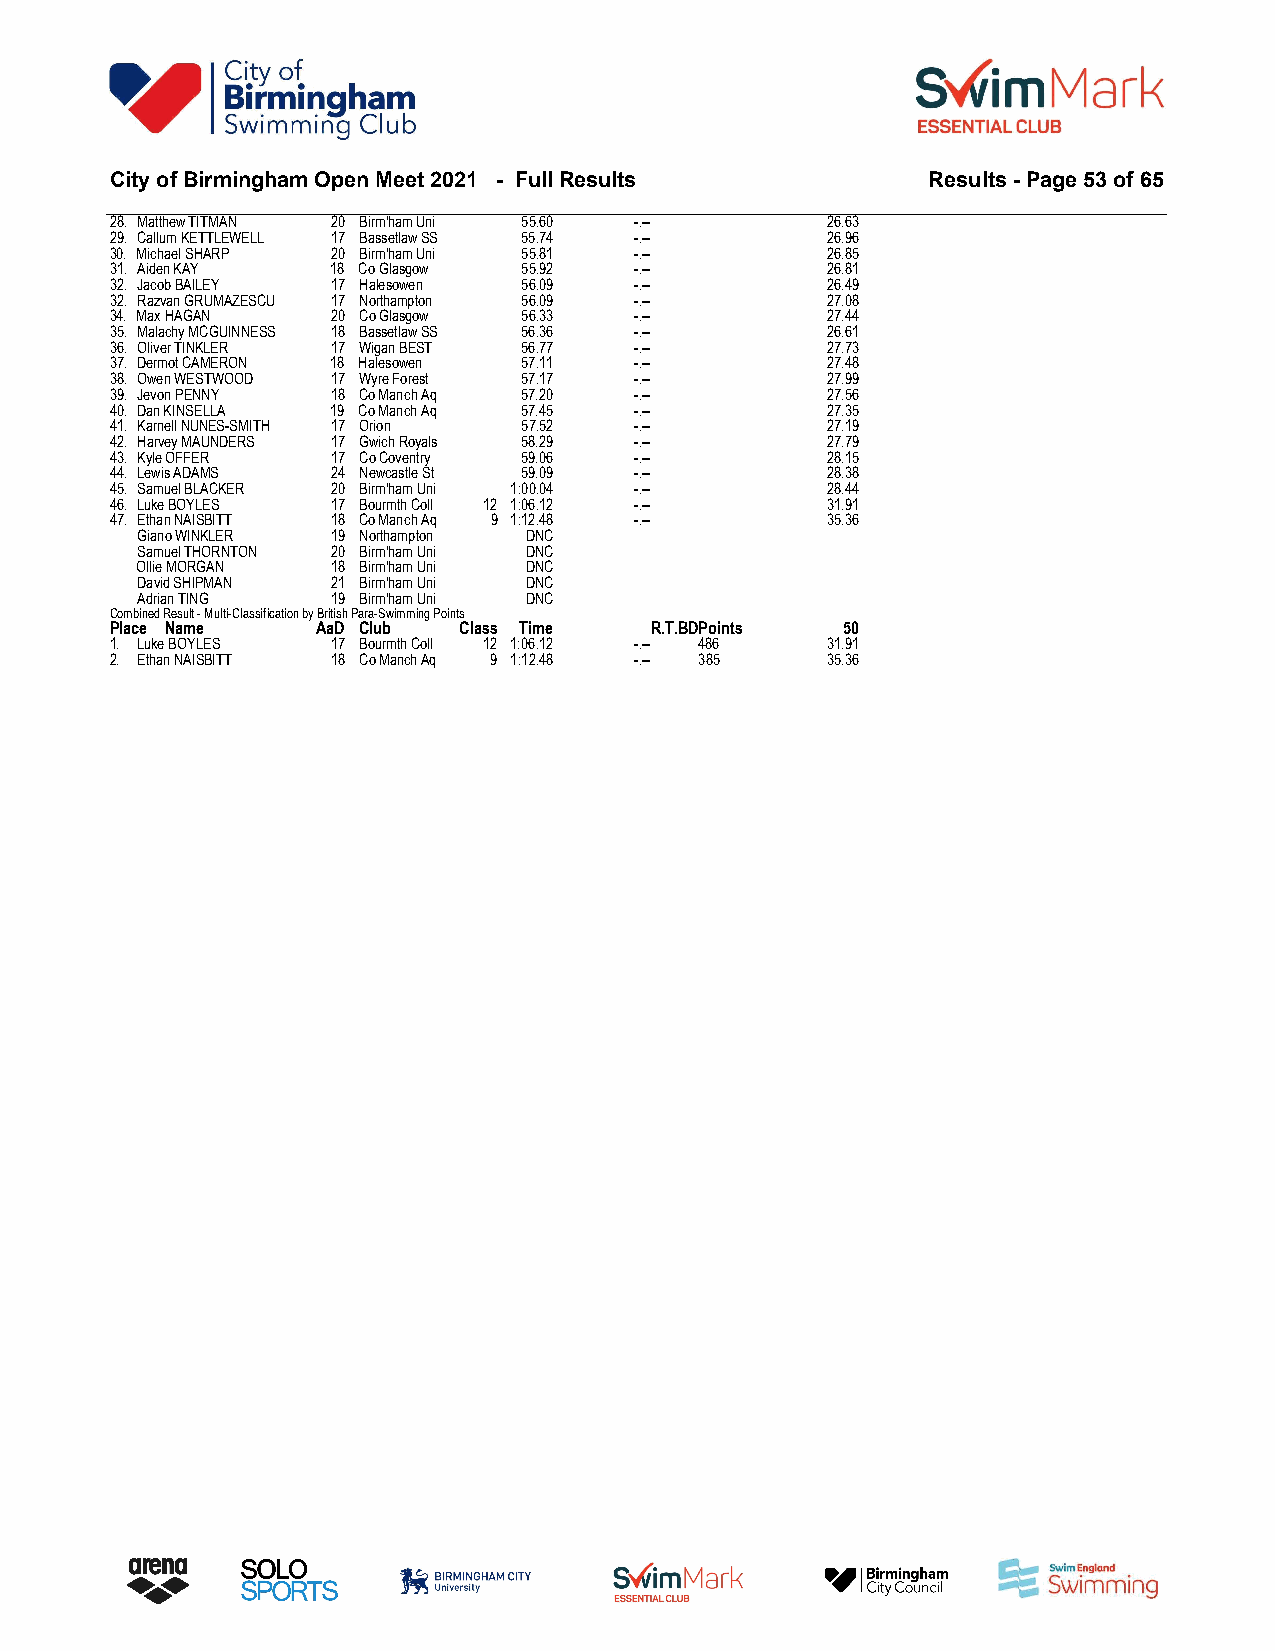
City of Birmingham Open Meet 2021 - Full Results       Results - Page 53 of 65
 28. Matthew TITMAN 20 Birm'ham Uni 55.60 -.--   26.63
 29. Callum KETTLEWELL 17 Bassetlaw SS 55.74 -.-- 26.96
 30. Michael SHARP 20 Birm'ham Uni 55.81 -.--    26.85
 31. Aiden KAY  18 Co Glasgow 55.92 -.--         26.81
 32. Jacob BAILEY 17 Halesowen 56.09 -.--        26.49
 32. Razvan GRUMAZESCU 17 Northampton 56.09 -.-- 27.08
 34. Max HAGAN  20 Co Glasgow 56.33 -.--         27.44
 35. Malachy MCGUINNESS 18 Bassetlaw SS 56.36 -.-- 26.61
 36. Oliver TINKLER 17 Wigan BEST 56.77 -.--     27.73
 37. Dermot CAMERON 18 Halesowen 57.11 -.--      27.48
 38. Owen WESTWOOD 17 Wyre Forest 57.17 -.--     27.99
 39. Jevon PENNY 18 Co Manch Aq 57.20 -.--       27.56
 40. Dan KINSELLA 19 Co Manch Aq 57.45 -.--      27.35
 41. Karnell NUNES-SMITH 17 Orion 57.52 -.--     27.19
 42. Harvey MAUNDERS 17 Gwich Royals 58.29 -.--  27.79
 43. Kyle OFFER 17 Co Coventry 59.06 -.--        28.15
 44. Lewis ADAMS 24 Newcastle St 59.09 -.--      28.38
 45. Samuel BLACKER 20 Birm'ham Uni 1:00.04 -.-- 28.44
 46. Luke BOYLES 17 Bourmth Coll 12 1:06.12 -.-- 31.91
 47. Ethan NAISBITT 18 Co Manch Aq 9 1:12.48 -.-- 35.36
 Giano WINKLER 19 Northampton DNC
 Samuel THORNTON 20 Birm'ham Uni DNC
 Ollie MORGAN 18 Birm'ham Uni DNC
 David SHIPMAN 21 Birm'ham Uni DNC
 Adrian TING  19 Birm'ham Uni DNC
 Combined Result - Multi-Classification by British Para-Swimming Points
 Place Name    AaD Club Class Time   R.T.BDPoints 50
 1. Luke BOYLES 17 Bourmth Coll 12 1:06.12 -.-- 486 31.91
 2. Ethan NAISBITT 18 Co Manch Aq 9 1:12.48 -.-- 385 35.36